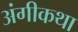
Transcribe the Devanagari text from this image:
अंगीकथा